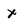
Character: x